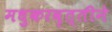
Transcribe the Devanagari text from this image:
मधुकरवृत्तीने